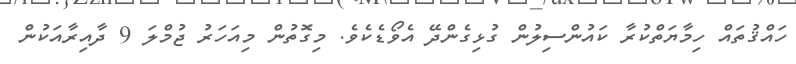
ހައްޤުތައް ހިމާޔަތްކުރާ ކައުންސިލުން ގުޅިގެންދޭ އެވޯޑެކެވެ. މިގޮތުން މިއަހަރު ޖުމްލަ 9 ދާއިރާއަކުން